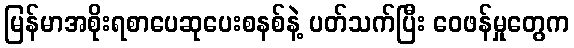
မြန်မာအစိုးရစာပေဆုပေးစနစ်နဲ့ ပတ်သက်ပြီး ဝေဖန်မှုတွေက